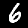
Digit: 6